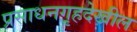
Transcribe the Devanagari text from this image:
प्रसाधनगृहदेखील